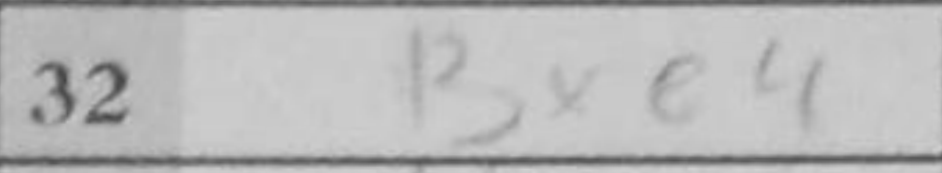
Transcription: Bxe4